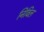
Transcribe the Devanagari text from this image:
निविल